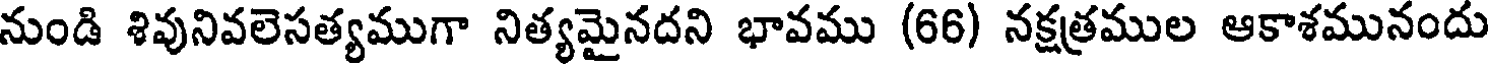
నుండి శివునివలెసత్యముగా నిత్యమైనదని భావము (66) నక్షత్రముల ఆకాశమునందు